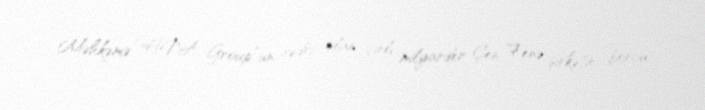
Məhkəmə “HNA Group”un sədri olan çinli milyarder Çen Fenə şirkətin borcu